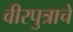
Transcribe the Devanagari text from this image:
वीरपुत्राचे